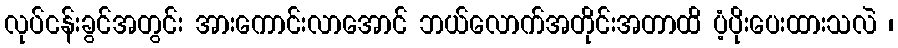
လုပ်ငန်းခွင်အတွင်း အားကောင်းလာအောင် ဘယ်လောက်အတိုင်းအတာထိ ပံ့ပိုးပေးထားသလဲ ၊